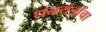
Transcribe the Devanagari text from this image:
धनयंत्रांचा